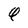
Character: Q